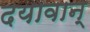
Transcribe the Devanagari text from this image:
दयावान्